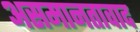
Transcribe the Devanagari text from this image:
असमानतावाद